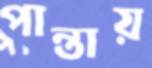
পান্তায়